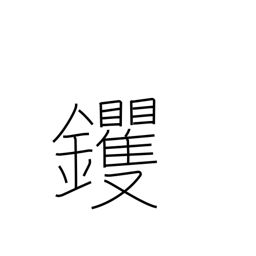
Meaning: hoe